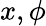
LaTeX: x,\phi